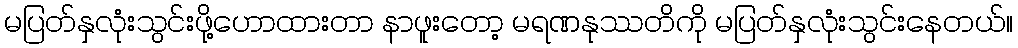
မပြတ်နှလုံးသွင်းဖို့ဟောထားတာ နာဖူးတော့ မရဏနုဿတိကို မပြတ်နှလုံးသွင်းနေတယ်။